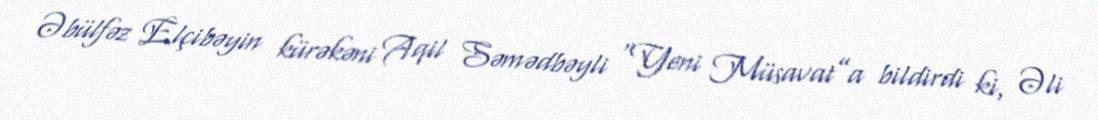
Əbülfəz Elçibəyin kürəkəni Aqil Səmədbəyli “Yeni Müsavat”a bildirdi ki, Əli